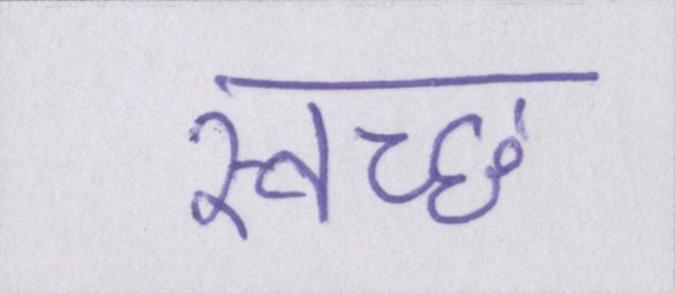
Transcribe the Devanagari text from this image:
स्वच्छ